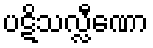
ပဋိသလ္လီဏော